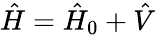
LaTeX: \hat{H}=\hat{H}_{0}+\hat{V}